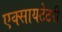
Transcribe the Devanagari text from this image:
एक्सायटेटरी